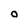
Character: 0